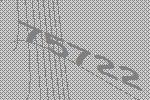
75722